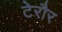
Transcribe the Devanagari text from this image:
टेरौर